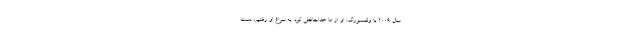
سال ۲۰۰۹ با ولفسبورگ، او از ما خداحافظی کرد. به سراغ او رفتیم، دست